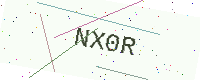
Text: NX0R